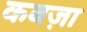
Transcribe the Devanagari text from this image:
कबज़ा